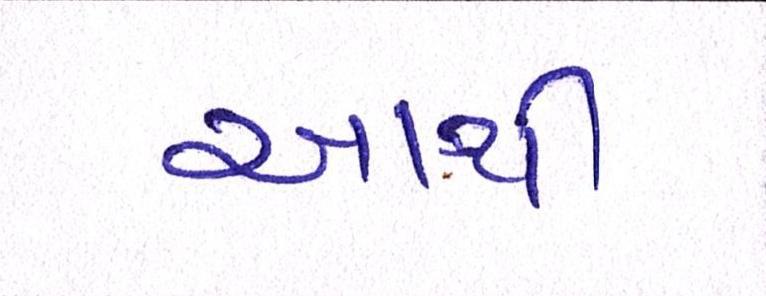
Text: આથી